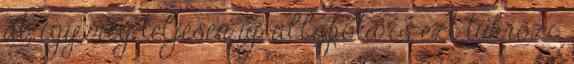
át, így még teljesen új, állapota is ezt tükrözi.